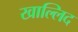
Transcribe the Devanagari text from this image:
खाल्लिद